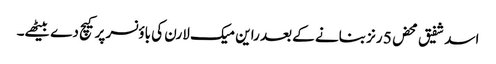
اسد شفیق محض 5 رنز بنانے کے بعد راین میک لارن کی باؤنسر پر کیچ دے بیٹھے۔